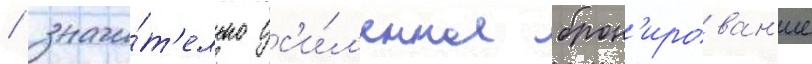
/ значи́т'ельно ус'и́л'енное брон'ирован'ие